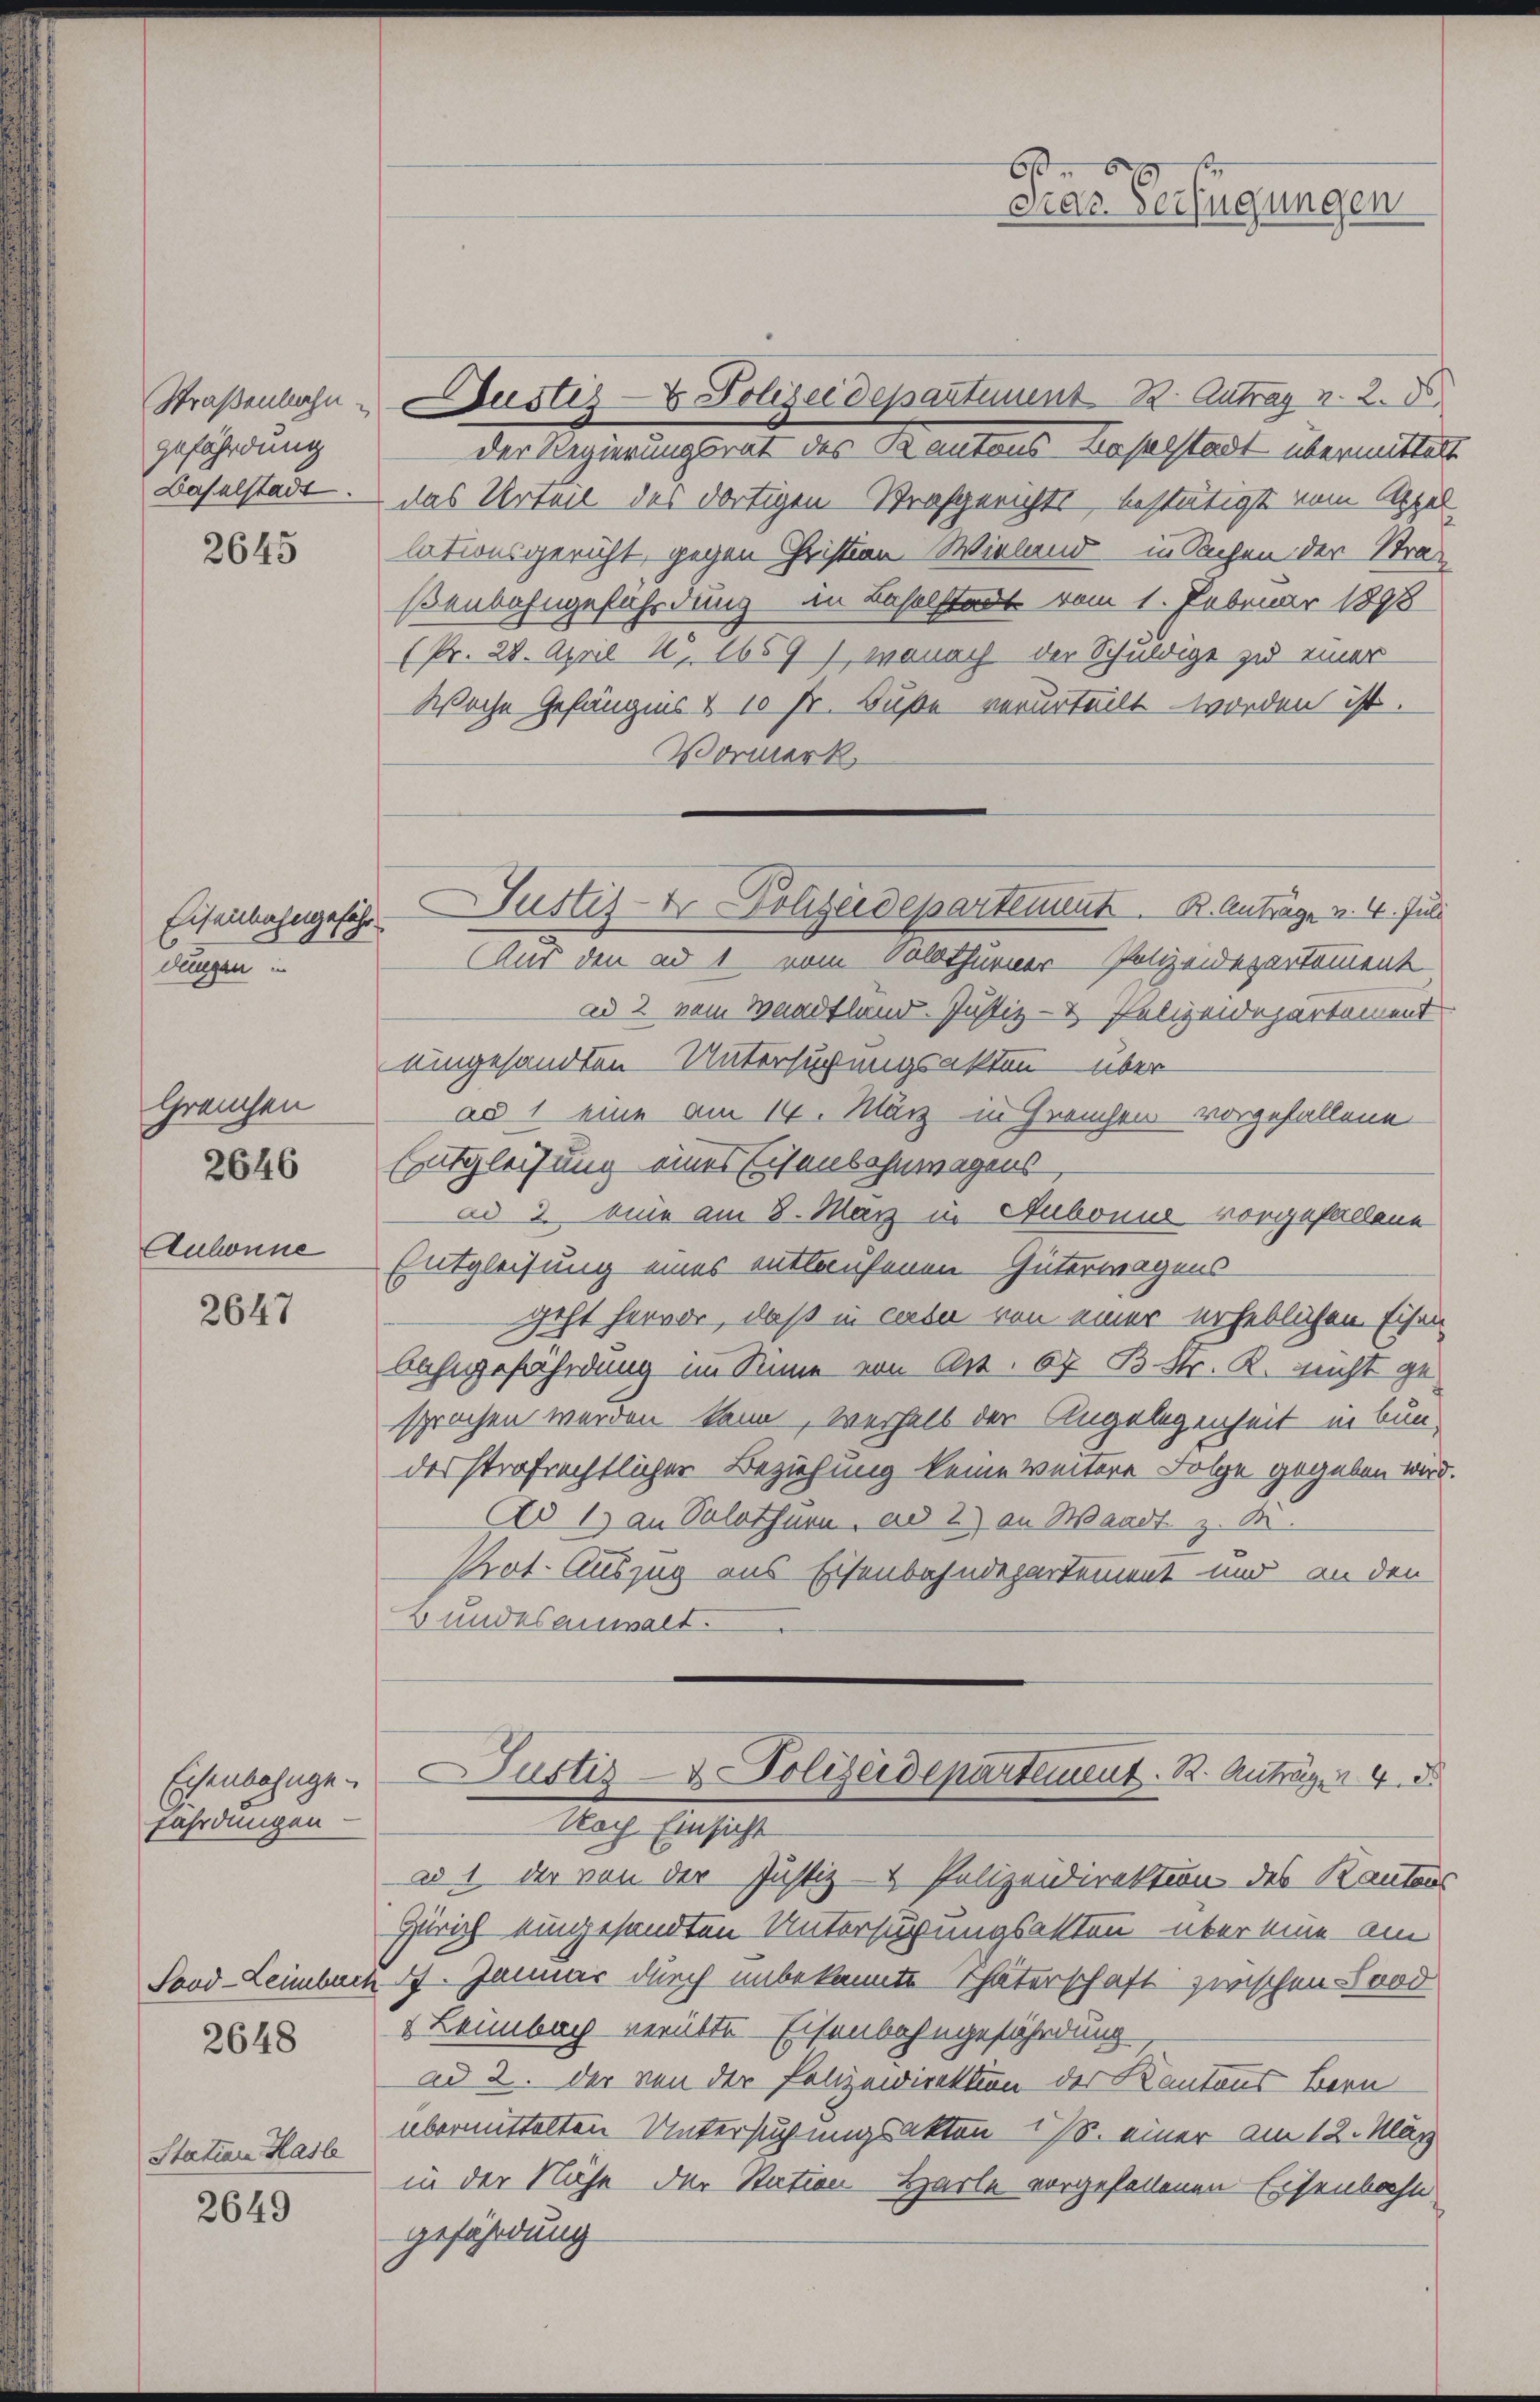
Straßenbahn.
gefährdung
Baselstadt.

2645

Eisenbahngefähr
dangen in

Gräuchen
2646

Auhonne

2647

Eisenbahnge
fährdungen

Station Hasle

2649

Sood-Leimbach
2648

Aus den ad 1 vom Solothurner Polizeidepartement
ad 2 vom Waadtland. Justiz- & Polizeidepartement
uingesandten Untersuchungsakten über
ad 1 eine am 14. März in Greuchen vorgefallene
Entgleichung eines Eisenbahnwagens
ad 2. eine am 8. Mai in Aubonne vorgefallene
Entgleihung eines entlaufenen Güterwagens
geht hervor, daß in certe von einer erheblichen Eisen
bahngefährdung im Sinne von Art. 67 B Mtr. R. nicht gesprochen werden kann, verhalb der Angelegenheit in Bundesstrafrechtlicher Beziehung keine Weitere Folge gegeben wird.
Ad 1) an Solothurn, ad 2) an Waadt z. B.
Prot. Auszug aus Eisenbahndepartement und an den
Bundesanwalt.

Dustiz- & Polizeidepartement B. Antrag v. 2. D
der Regierungsrat des Kantons Baselstadt übermittelt
das Urteil des dortigen Strafgerichts, bestätigt vom Appel-
lationsgericht, gegen Christian Wieland in Sachen der Straßenbahngefährdung in Baselstadt vom 1. Februar 1898
(Pr. 28. April 1. 1659), wonach der Schuldige zu einer
Woche Gefängnis & 10 Fr. Buße verurteilt worden ist.
Vormerk

b
andr. Verfügungen

Duster-Holizeidepartement. R. Anträge v. 4. Juli

ad 1. der von der Justiz- & Polizeidirektion des Kantons
Zürich eingesandten Untersuchungsakten über eine am
17. Januar durch unbekannte Thäterschaft zwischen Sand
& Leimbach verübte Eisenbahngefährdung
ad 2. der von der Polizeidirektion der Kantons Bern
übermittelten Untersuchungsakten 17. einer am 12. Klärz
in der Nähe der Station Harle vorgefallenen Eisenbahn
gefährdung

Justiz- & Polizeidepartement. R. Anträgen 4. 8
Nach berechte